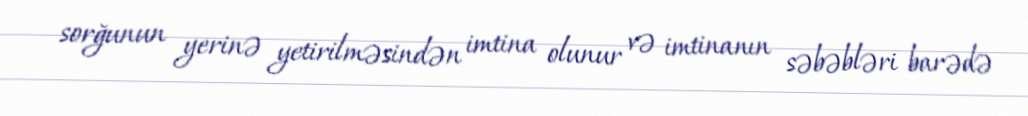
sorğunun yerinə yetirilməsindən imtina olunur və imtinanın səbəbləri barədə